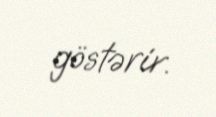
göstərir.